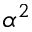
\alpha ^ { 2 }